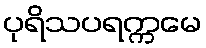
ပုရိသပရက္ကမေ